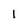
Character: 1